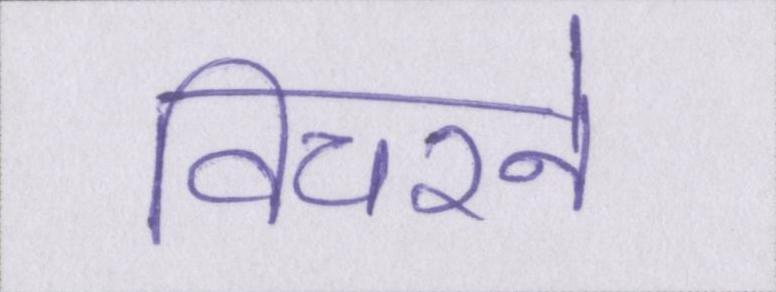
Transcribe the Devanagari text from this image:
विचरने